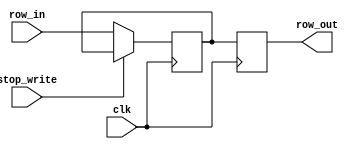
`timescale 1ns / 1ps
//////////////////////////////////////////////////////////////////////////////////
// Company: 
// Engineer: 
// 
// Design Name: 
// Module Name: IFID
// Project Name: 
// Target Devices: 
// Tool Versions: 
// Description: 
// 
// Dependencies: 
// 
// Revision:
// Revision 0.01 - File Created
// Additional Comments:
// 
//////////////////////////////////////////////////////////////////////////////////


module IFID
    #(parameter INPUT_WIDTH = 8)
    (
    input clk,          // Clock input
    input [INPUT_WIDTH - 1:0] row_in,
    input stop_write,
    
    output reg [INPUT_WIDTH - 1:0] row_out 
    );
    
    reg [INPUT_WIDTH - 1:0] row;
    always @(posedge clk) begin
    
        if (!stop_write) begin 
            row <= row_in;
            end
        else begin 
            row <= row;
        end
        
    end
    
    always @(negedge clk) begin
        row_out <= row; 
    end
    
endmodule